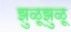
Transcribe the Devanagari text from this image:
झुळूझुळू